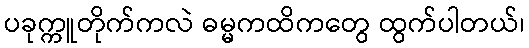
ပခုက္ကူတိုက်ကလဲ ဓမ္မကထိကတွေ ထွက်ပါတယ်၊